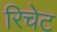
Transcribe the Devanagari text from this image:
रिचेट